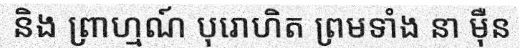
និង ព្រាហ្មណ៍ បុរោហិត ព្រមទាំង នា ម៉ឺន